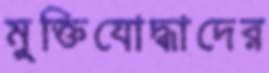
মুক্তিযোদ্ধাদের